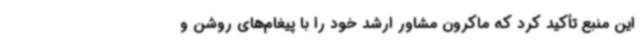
این منبع تأکید کرد که ماکرون مشاور ارشد خود را با پیغام‌های روشن و